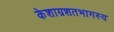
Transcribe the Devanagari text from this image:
केशाग्रशतभागस्य